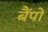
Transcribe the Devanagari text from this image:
बैंपो